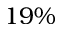
1 9 \%